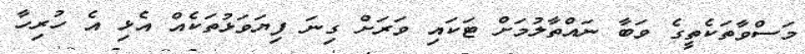
މަސްވާތަކެތީގެ ވަބާ ނައްތާލުމަށް ޓަކައި ވަރަށް ގިނަ ފިޔަވަޅުތަކެއް އެޅި އެ ހުރިހާ